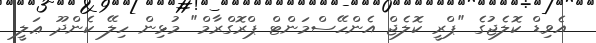
އެވިޑް ކޮލެޖުގެ "ޕްރީ ކޮލެޖް އެންހޭސްމަންޓް ޕްރޮގްރާމް" މުޅިން ހިލޭ ކެންދޫ ޢަލީ